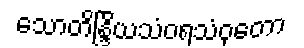
သောတိန္ဒြိယသံဝရသံဝုတော